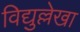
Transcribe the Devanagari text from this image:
विद्युल्लेखा